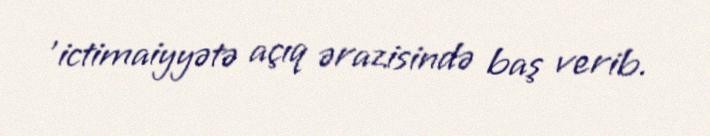
'ictimaiyyətə açıq ərazisində baş verib.